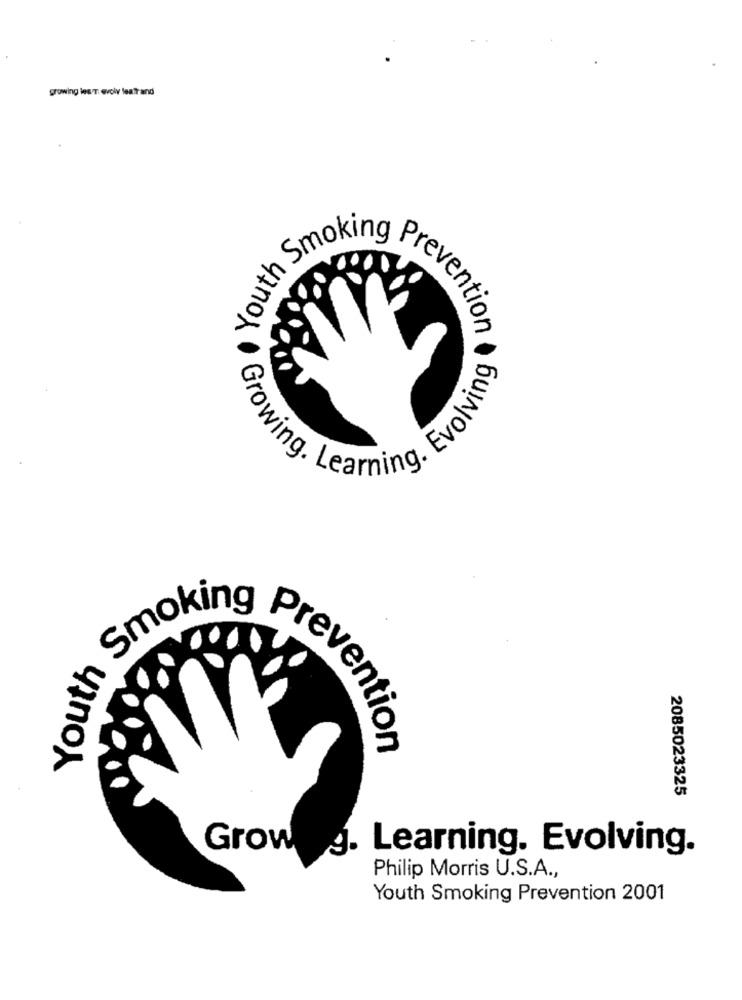
growing les T. evolv leafrand
Smoking
(outh
Prevention
Growing, Learning. Evolving
Youth
prevention
2085023325
Grow J. Learning. Evolving.
Philip Morris U.S.A .,
Youth Smoking Prevention 2001